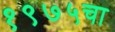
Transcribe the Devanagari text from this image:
१९७५चा